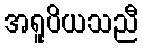
အရူပိယသညီ